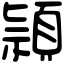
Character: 頴